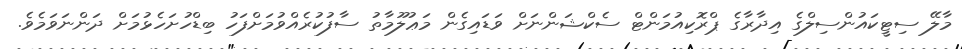
މާލޭ ސިޓީކައުންސިލްގެ އިދާރާގެ ޕްރޮކިއުމަންޓް ސެކްޝަންނަށް ވަޑައިގެން މަޢުލޫމާތު ސާފުކުރެއްވުމަށްފަހު ބިޑްހުށަހެޅުމަށް ދަންނަވަމެވެ.